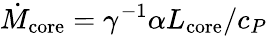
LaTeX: \dot{M}_{\mathrm{core}}=\gamma^{-1}\alpha L_{\mathrm{core}}/c_{P}